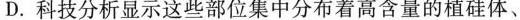
D. 科技分析显示这些部位集中分布着高含量的植硅体、